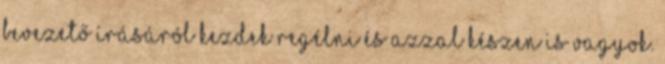
bevezető írásáról kezdek regélni és azzal készen is vagyok.